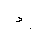
Letter: _dal